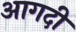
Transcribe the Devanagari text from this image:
आगदी